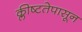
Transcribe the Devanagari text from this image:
क्लीष्टतेपासून